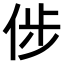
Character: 𠉡